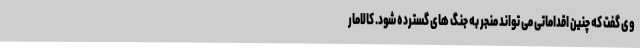
وی گفت که چنین اقداماتی می تواند منجر به جنگ های گسترده شود. کالامار